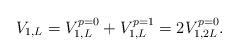
LaTeX: \begin{align*}V_{1,L} = V_{1,L}^{p=0} + V_{1,L}^{p=1} = 2 V_{1,2L}^{p=0} .\end{align*}